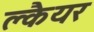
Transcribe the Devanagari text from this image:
क्लैयर